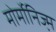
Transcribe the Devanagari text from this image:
मोर्मोनिज्‍़म